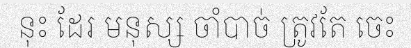
នុះ ដែរ មនុស្ស ចាំបាច់ ត្រូវតែ ចេះ